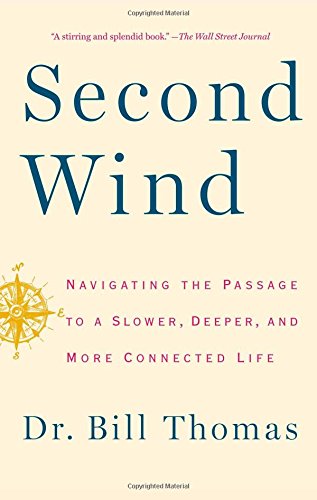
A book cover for Second Wind: Navigating the Passage to a Slower, Deeper, and More Connected Life; Dr. Bill Thomas; Health, Fitness & Dieting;